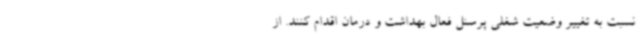
نسبت به تغییر وضعیت شغلی پرسنل فعال بهداشت و درمان اقدام کنند. از